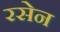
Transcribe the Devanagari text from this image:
रसेन